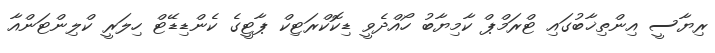
ރިޔާސީ އިންތިޚާބުގައި ޓްރަމްޕް ކާމިޔާބު ހޯއްދެވީ ޑިކޮކްރަޓިކް ޕާޓީގެ ކެންޑިޑޭޓް ހިލަރީ ކްލިންޓަންއާ